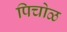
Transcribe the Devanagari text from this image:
पिचोळ